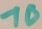
Text: 10